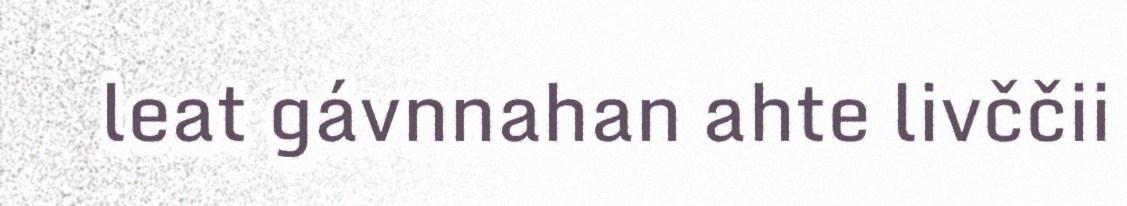
leat gávnnahan ahte livččii